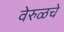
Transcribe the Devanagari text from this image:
वेरुळचे